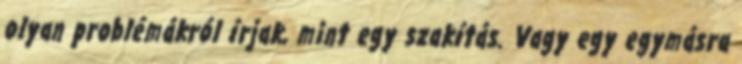
olyan problémákról írjak, mint egy szakítás. Vagy egy egymásra